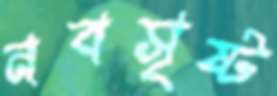
নবসৃষ্ট